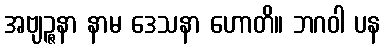
အဗျဉ္ဇနာ နာမ ဒေသနာ ဟောတိ။ ဘဂဝါ ပန